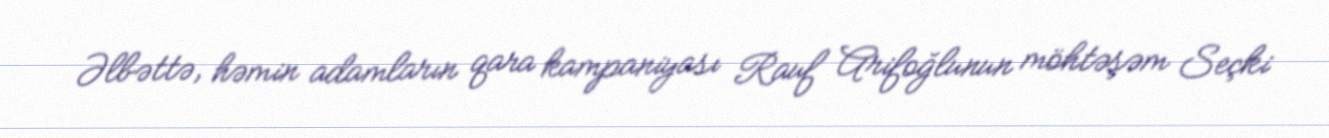
Əlbəttə, həmin adamların qara kampaniyası Rauf Arifoğlunun möhtəşəm Seçki